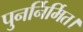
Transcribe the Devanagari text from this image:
पुनर्निर्मित।